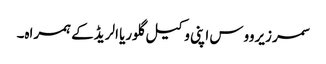
سمر زیرووس اپنی وکیل گلوریا الریڈ کے ہمراہ۔